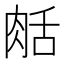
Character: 𦧘